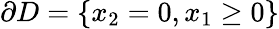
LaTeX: \partial D=\{ x_{2}=0,x_{1}\geq 0\}